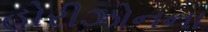
હોરીઝોનના